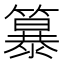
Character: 𮆭